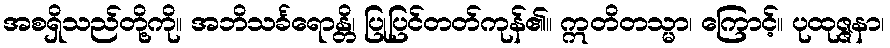
အစရှိသည်တို့ကို။ အဘိသင်္ခရောန္တိ၊ ပြုပြင်တတ်ကုန်၏။ ဣတိတသ္မာ၊ ကြောင့်။ ပုထုဇ္ဇနာ၊